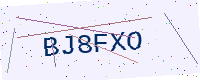
Text: BJ8FXO